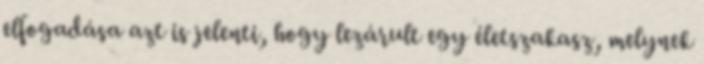
elfogadása azt is jelenti, hogy lezárult egy életszakasz, melynek